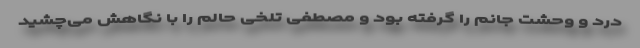
درد و وحشت جانم را گرفته بود و مصطفی تلخی حالم را با نگاهش می‌چشید